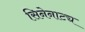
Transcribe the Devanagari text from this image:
सिनेनाट्य